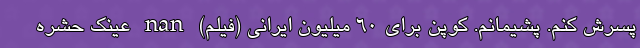
پسرش کنم. پشیمانم. کوپن برای ۶۰ میلیون ایرانی (فیلم) nan عینک حشره